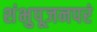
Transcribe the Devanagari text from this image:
शंभुपूजनपरं